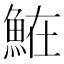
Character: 𩶦